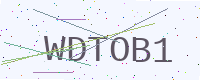
Text: WDTOB1